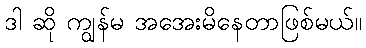
ဒါ ဆို ကျွန်မ အအေးမိနေတာဖြစ်မယ်။